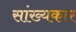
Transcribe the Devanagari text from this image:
सांख्यकार